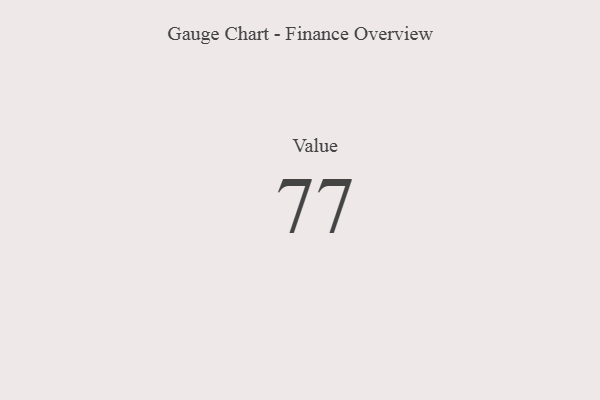
{"axis": {"x": "Metric", "y": "Value"}, "legend": [""], "data": [{"x": "Value", "y": 77, "type": ""}]}